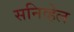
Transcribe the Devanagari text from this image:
सनिव्हेल